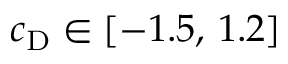
c _ { \mathrm { D } } \in [ - 1 . 5 , \, 1 . 2 ]